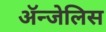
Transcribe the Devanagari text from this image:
ॲन्जेलिस